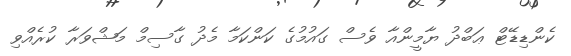
ކެންޑިޑޭޓް ޢަބްދު ޔާމީންއާ ވެސް ގައުމުގެ ކަންކަމާ މެދު ގާސިމް މަޝްވަރާ ކުރެއްވި